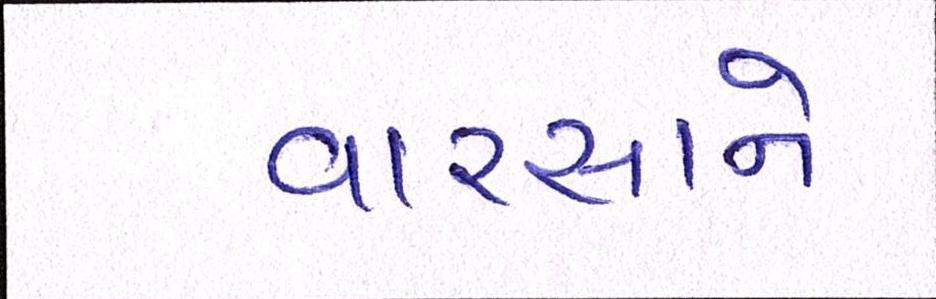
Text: વારસાને